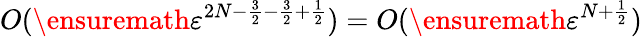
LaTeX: O(\ensuremath{\varepsilon}^{2N-\frac 32-\frac 32+\frac 12})=O(\ensuremath{\varepsilon}^{N+\frac 12})